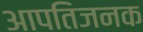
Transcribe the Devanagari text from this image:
आपतिजनक